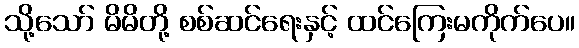
သို့သော် မိမိတို့ စစ်ဆင်ရေးနှင့် ထင်ကြေးမကိုက်ပေ။